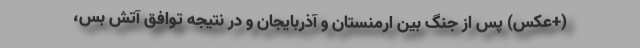
(+عکس) پس از جنگ بین ارمنستان و آذربایجان و در نتیجه توافق آتش بس،